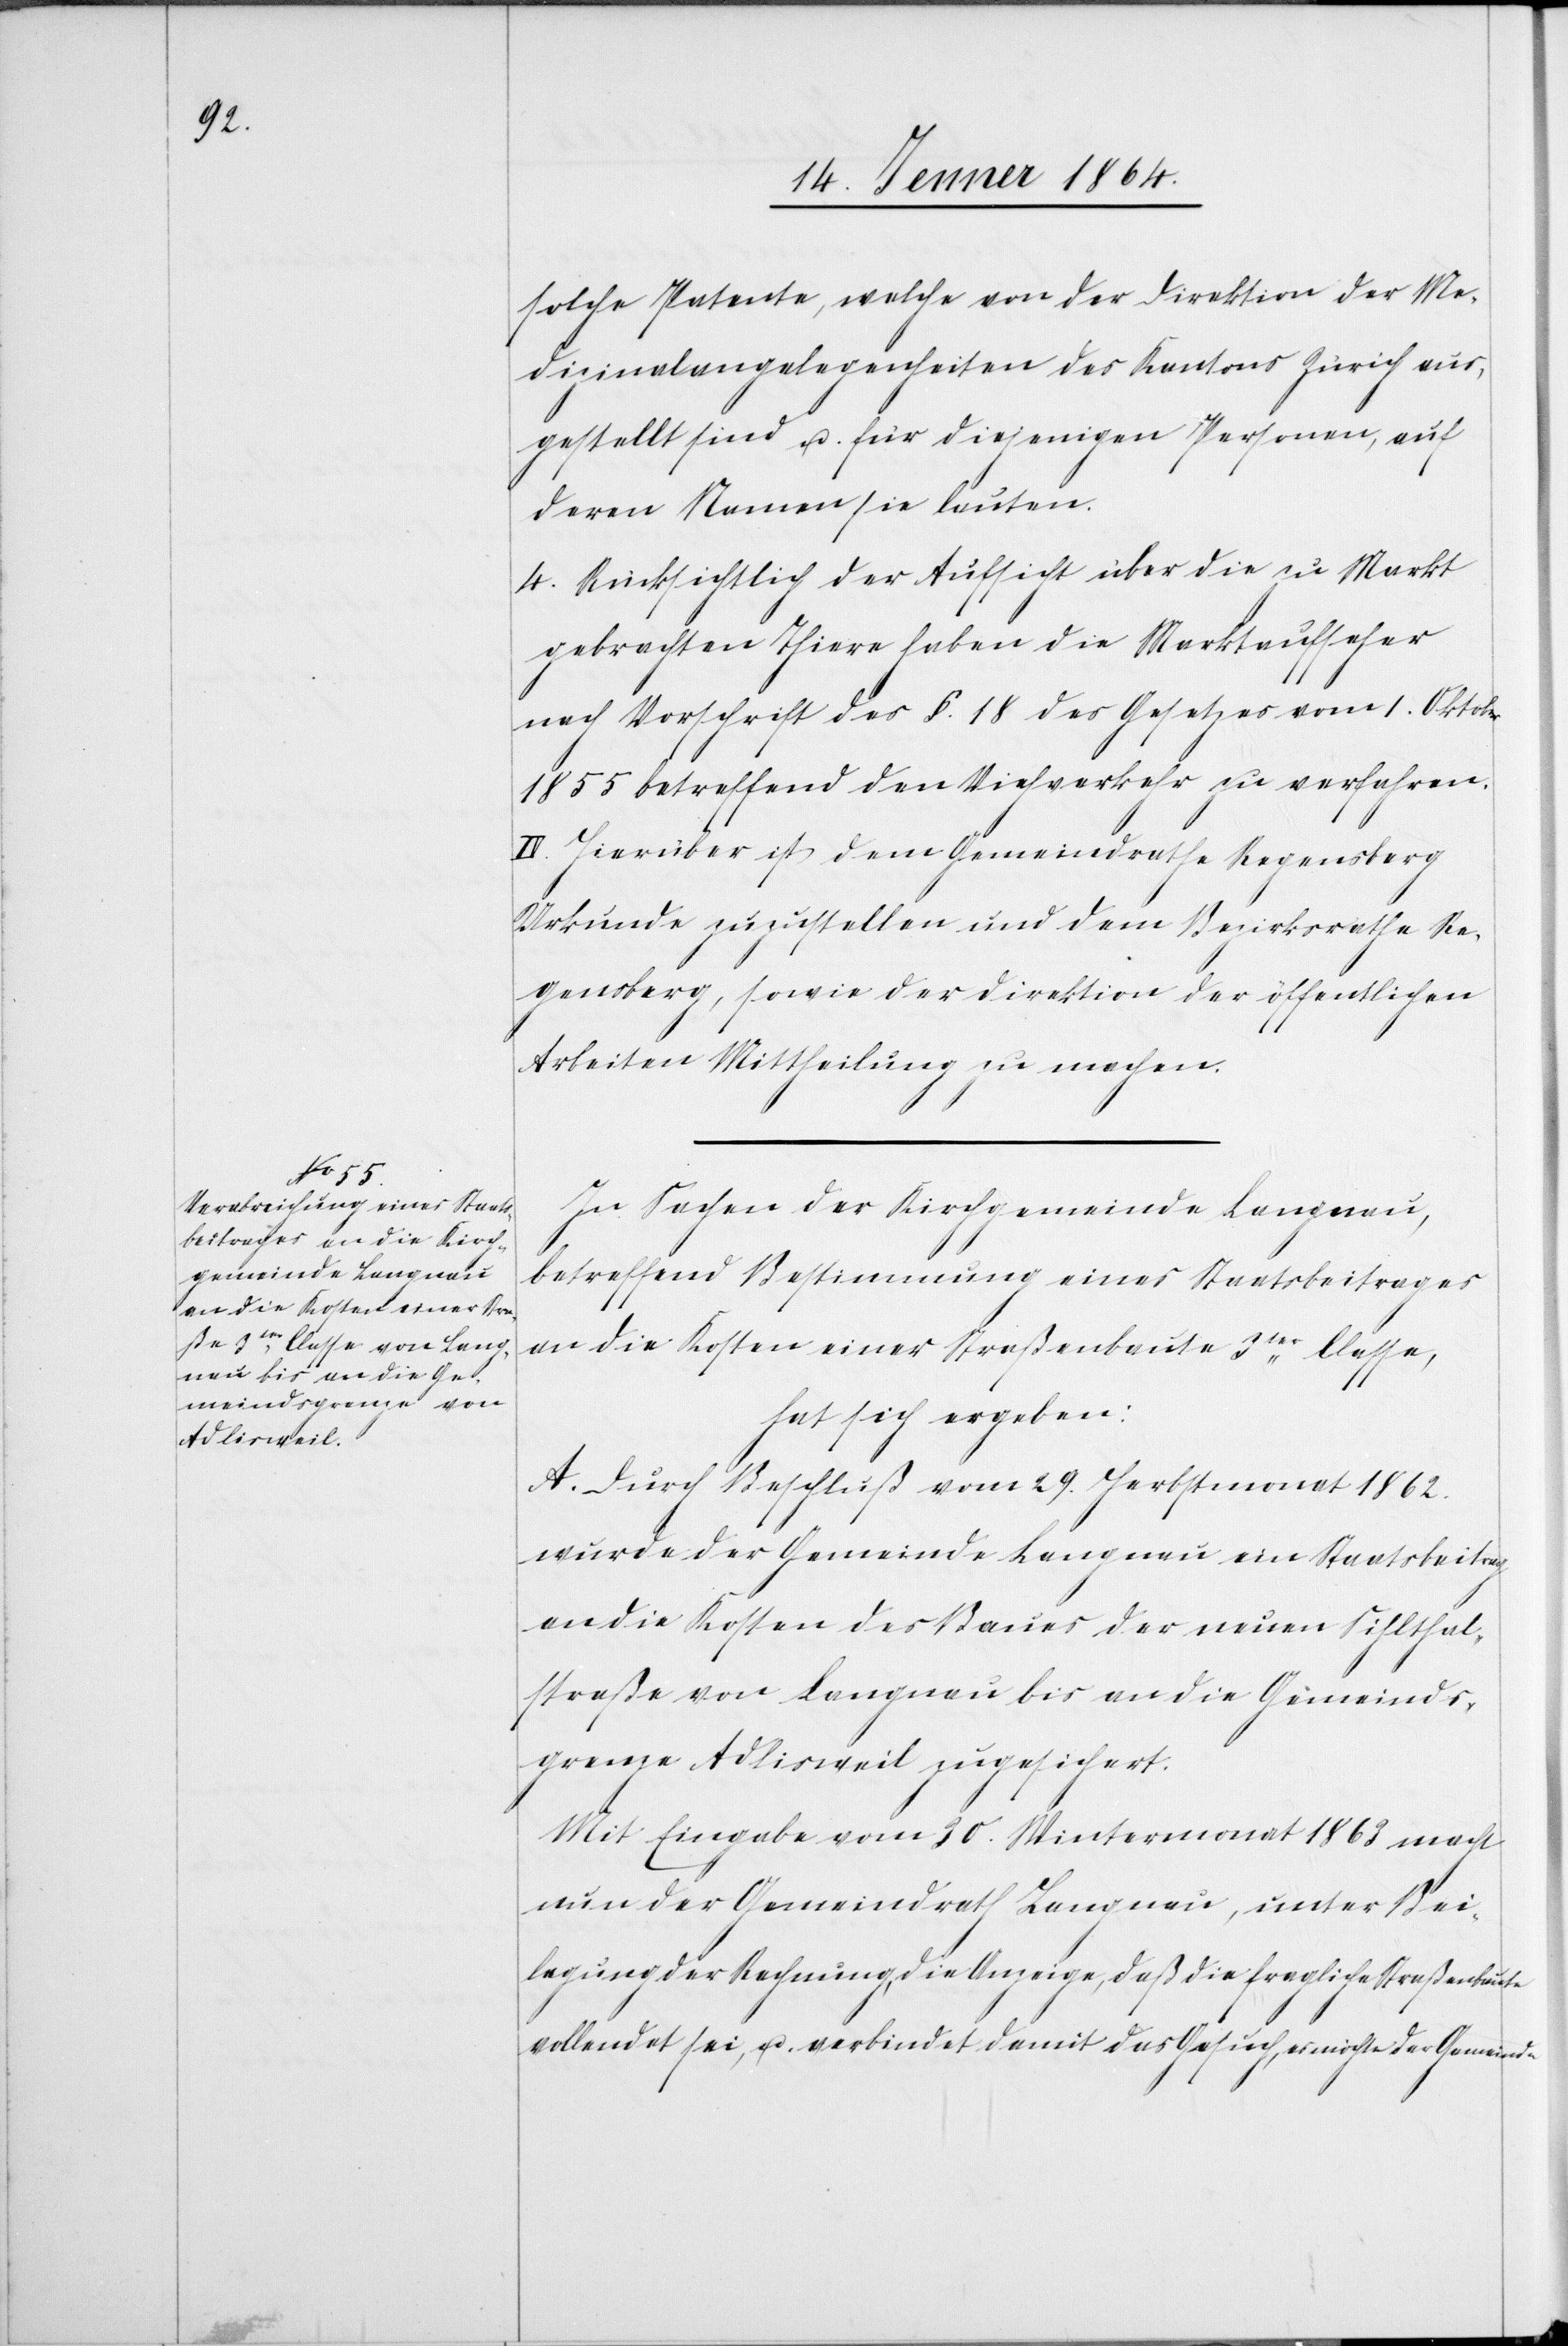
solche Patente, welche von der Direktion der Me¬
dizinalangelegenheiten des Kantons Zürich aus¬
gestellt sind u. für diejenigen Personen, auf
deren Namen sie lauten.
4. Rücksichtlich der Aufsicht über die zu Markt
gebrachten Thiere haben die Marktaufseher
nach Vorschrift des §. 18 des Gesetzes vom 1. Oktober
1855 betreffend den Viehverkehr zu verfahren.
II. Hierüber ist dem Gemeindrathe Regensberg
Urkunde zuzustellen und dem Bezirksrathe Re¬
gensberg, sowie der Direktion der öffentlichen
Arbeiten Mittheilung zu machen.
In Sachen der Kirchgemeinde Langnau,
betreffend Bestimmung eines Staatsbeitrages
an die Kosten einer Straßenbaute 3ter Classe,
hat sich ergeben:
A. Durch Beschluß vom 29. Herbstmonat 1862.
wurde der Gemeinde Langnau ein Staatsbeitrag
an die Kosten des Baues der neuen Sihlthal¬
straße von Langnau bis an die Gemeinds¬
grenze Adlisweil zugesichert.
Mit Eingabe vom 30. Wintermonat 1863 macht
nun der Gemeindrath Langnau, unter Bei¬
legung der Rechnung, die Anzeige, daß die fragliche Straßenbaute
vollendet sei, u. verbindet damit das Gesuch, es möchte der Gemeinde